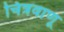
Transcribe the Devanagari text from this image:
चित्रवाणू